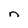
Character: n